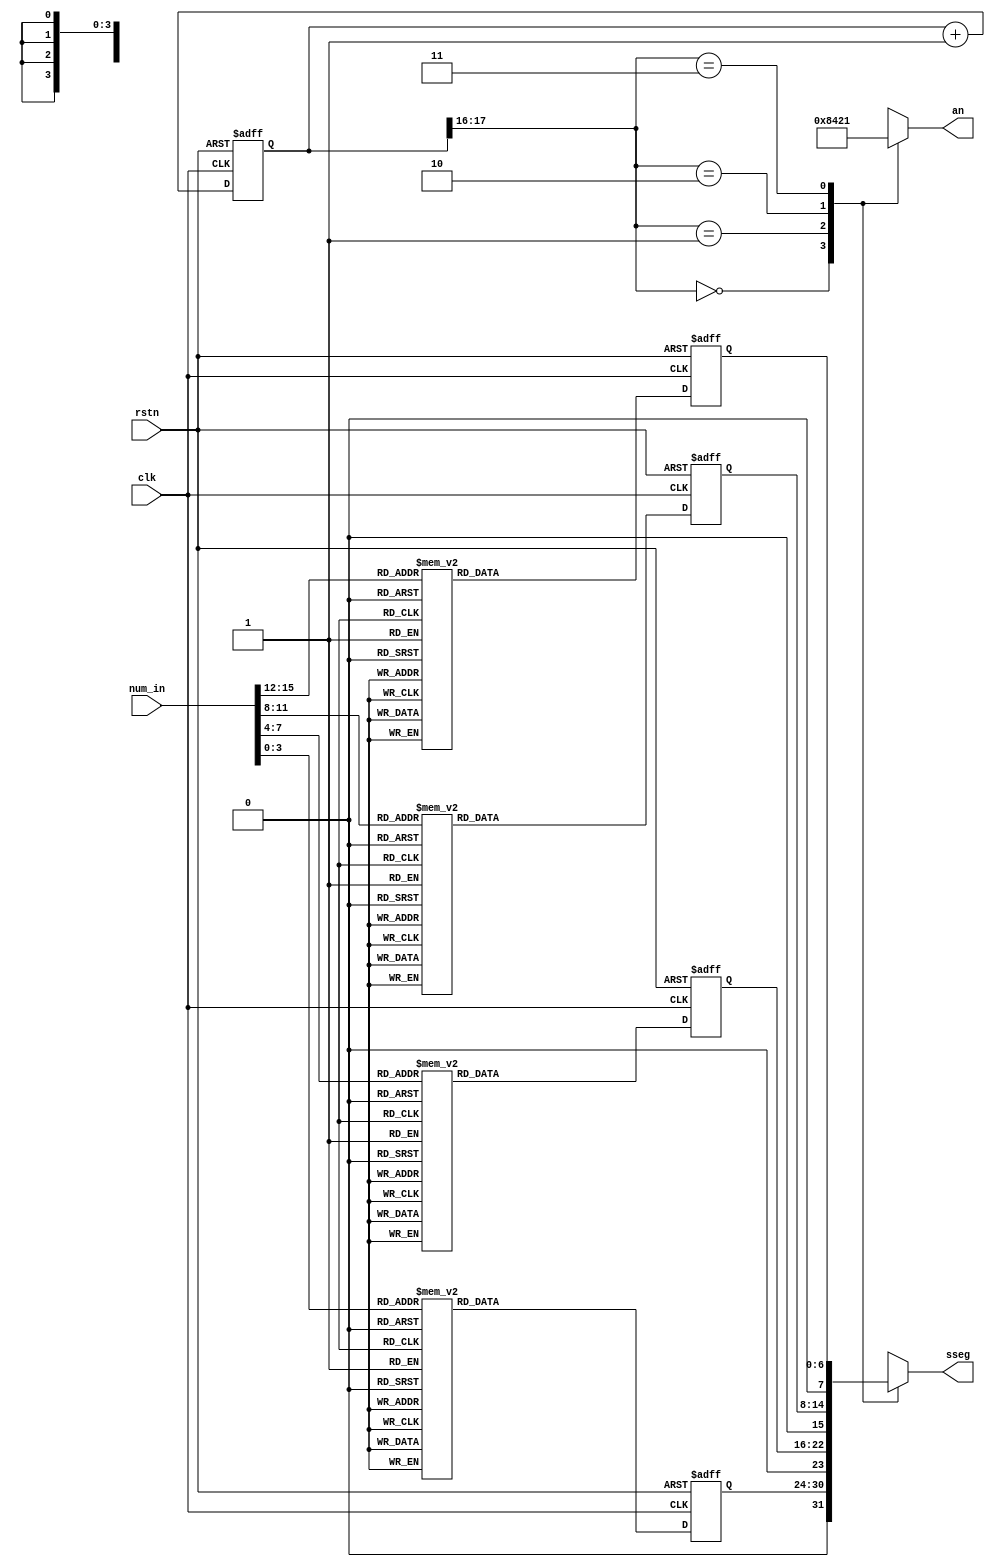
`timescale 1ns / 1ps
//////////////////////////////////////////////////////////////////////////////////
// Company: 
// Engineer: 
// 
// Design Name: 
// Module Name: segment
// Project Name: 
// Target Devices: 
// Tool Versions: 
// Description: 
// 
// Dependencies: 
// 
// Revision:
// Revision 0.01 - File Created
// Additional Comments:
// 
//////////////////////////////////////////////////////////////////////////////////


module segment(
    input clk,
    input rstn,
    input [15:0] num_in,
    output reg [3:0] an,
    output reg [7:0] sseg
    );
//counter
localparam N = 18;
reg[N-1:0] regN;
reg[7:0] hex_in;

reg [6:0] decode_1;
reg [6:0] decode_2;
reg [6:0] decode_3;
reg [6:0] decode_4;
parameter _0 = 8'hc0,_1 = 8'hf9,_2 = 8'ha4,_3 = 8'hb0,
	               _4 = 8'h99,_5 = 8'h92,_6 = 8'h82,_7 = 8'hf8,
	               _8 = 8'h80,_9 = 8'h90,_A = 8'h77, _B = 8'h7c, _C = 8'h39, _D = 8'h5e, _E = 8'h0, _F = 8'h0;
always @(posedge clk or negedge rstn)
begin
    if(!rstn)
    decode_1 <= 7'b0;
    else
    begin
        case(num_in[3:0])
        4'h0:
            decode_1 <= ~_0;
        4'h1:
            decode_1 <= ~_1;
        4'h2:
            decode_1 <= ~_2;
        4'h3:
            decode_1 <= ~_3;
        4'h4:
            decode_1 <= ~_4;
        4'h5:
            decode_1 <= ~_5;
        4'h6:
            decode_1 <= ~_6;
        4'h7:
            decode_1 <= ~_7;
        4'h8:
            decode_1 <= ~_8;
        4'h9:
            decode_1 <= ~_9;
        4'hA:
            decode_1 <= _A;
        4'hB:
            decode_1 <= _B;
        4'hC:
            decode_1 <= _C;
        4'hD:
            decode_1 <= _D;
        4'hE:
            decode_1 <= _E;
        4'hF:
            decode_1 <= _F;
        default:
            decode_1 <= 7'b0000000;
    endcase
    end
end

always @(posedge clk or negedge rstn)
begin
    if(!rstn)
    decode_2 <= 7'b0;
    else
    begin
        case(num_in[7:4])
        4'h0:
            decode_2 <= ~_0;
        4'h1:
            decode_2 <= ~_1;
        4'h2:
            decode_2 <= ~_2;
        4'h3:
            decode_2 <= ~_3;
        4'h4:
            decode_2 <= ~_4;
        4'h5:
            decode_2 <= ~_5;
        4'h6:
            decode_2 <= ~_6;
        4'h7:
            decode_2 <= ~_7;
        4'h8:
            decode_2 <= ~_8;
        4'h9:
            decode_2 <= ~_9;
        4'hA:
            decode_2 <= _A;
        4'hB:
            decode_2 <= _B;
        4'hC:
            decode_2 <= _C;
        4'hD:
            decode_2 <= _D;
        4'hE:
            decode_2 <= _E;
        4'hF:
            decode_2 <= _F;
        default:
            decode_2 <= 7'b0000000;
    endcase
    end
end

always @(posedge clk or negedge rstn)
begin
    if(!rstn)
    decode_3 <= 7'b0;
    else
    begin
        case(num_in[11:8])
        4'h0:
            decode_3 <= ~_0;
        4'h1:
            decode_3 <= ~_1;
        4'h2:
            decode_3 <= ~_2;
        4'h3:
            decode_3 <= ~_3;
        4'h4:
            decode_3 <= ~_4;
        4'h5:
            decode_3 <= ~_5;
        4'h6:
            decode_3 <= ~_6;
        4'h7:
            decode_3 <= ~_7;
        4'h8:
            decode_3 <= ~_8;
        4'h9:
            decode_3 <= ~_9;
        4'hA:
            decode_3 <= _A;
        4'hB:
            decode_3 <= _B;
        4'hC:
            decode_3 <= _C;
        4'hD:
            decode_3 <= _D;
        4'hE:
            decode_3 <= _E;
        4'hF:
            decode_3 <= _F;
        default:
            decode_3 <= 7'b0000000;
    endcase
    end
end

always @(posedge clk or negedge rstn)
begin
    if(!rstn)
    decode_4 <= 7'b0;
    else
    begin
        case(num_in[15:12])
        4'h0:
            decode_4 <= ~_0;
        4'h1:
            decode_4 <= ~_1;
        4'h2:
            decode_4 <= ~_2;
        4'h3:
            decode_4 <= ~_3;
        4'h4:
            decode_4 <= ~_4;
        4'h5:
            decode_4 <= ~_5;
        4'h6:
            decode_4 <= ~_6;
        4'h7:
            decode_4 <= ~_7;
        4'h8:
            decode_4 <= ~_8;
        4'h9:
            decode_4 <= ~_9;
        4'hA:
            decode_4 <= _A;
        4'hB:
            decode_4 <= _B;
        4'hC:
            decode_4 <= _C;
        4'hD:
            decode_4 <= _D;
        4'hE:
            decode_4 <= _E;
        4'hF:
            decode_4 <= _F;
        default:
            decode_4 <= 7'b0000000;
    endcase
    end
end

always@(posedge clk or negedge rstn)//clk_div
begin
    if(!rstn)
        regN <= 0;
    else
        regN <= regN + 1;
end

always@(*)//seg
begin
        case (regN[N-1:N-2])
            2'b00:
                begin
                    an = 8'b1000;
                    
                    sseg = decode_1;
                end
            2'b01:
                begin
                    an = 8'b0100;
                    
                    sseg = decode_2;
                end
            2'b10:
                begin
                    an = 8'b0010;
                    
                    sseg = decode_3;
                end
            2'b11:
                begin
                    an = 8'b0001;
                    
                    sseg = decode_4;
                end
            default:
                begin
                    an = 8'b0000;
                    
                    sseg = 8'b0;
              end 
        endcase
end        
endmodule